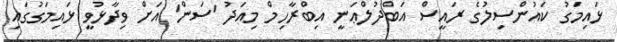
ޅައިމަގު ކައުންސިލުގެ ރައީސް އަބްދުލްޢަނީ އިބްރާހިމް މިއަދު 'ސަން' އަށް ވިދާޅުވީ ޅައިމަގުގައި